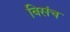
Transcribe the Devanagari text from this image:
विसंच